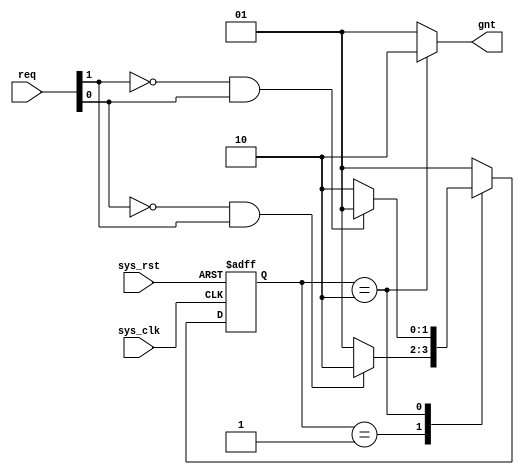
module conbus_arb (
  input            sys_clk,
  input            sys_rst,
  input      [1:0] req    ,
  output reg [1:0] gnt
);

  parameter [1:0] grant0 = 2'b01;
  parameter [1:0] grant1 = 2'b10;

  reg [1:0] state     ;
  reg [1:0] next_state;

  initial begin
    state = grant0;
  end

  always @(posedge sys_clk or posedge sys_rst) begin
    if(sys_rst)
      state <= grant0;
    else
      case (state)
        grant0 : begin
          if (~req[0] & req[1])
            state <= grant1;
          else
            state <= grant0;
        end
        grant1 : begin
          if (~req[1] & req[0])
            state <= grant0;
          else
            state <= grant1;
        end
        default : state <= grant0;
      endcase
  end

  always @(state) begin
    case (state)
      grant0  : gnt[1:0] = 2'b01;
      grant1  : gnt[1:0] = 2'b10;
      default : gnt[1:0] = 2'b01;
    endcase
  end
endmodule